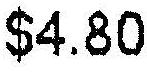
$4.80